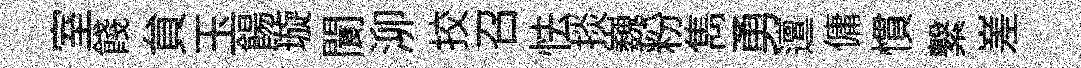
室餞貟玉餳璇閬泖挍召怯掞巍粉雋勇邅傭慣繋嵳